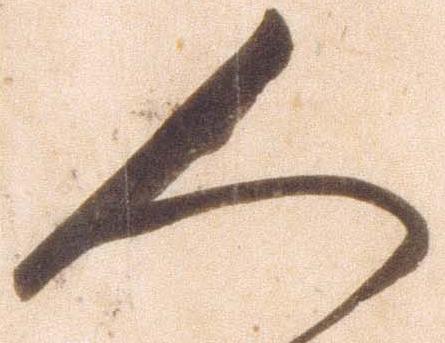
人